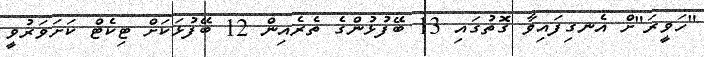
"ހަވީރަ"ށް އެނގިފައިވާ ގޮތުގައި 13 ބޭފުޅުންގެ ތެރެއިން 12 ބޭފުޅަކަށް ޓިކެޓް ކަށަވަރުވީ